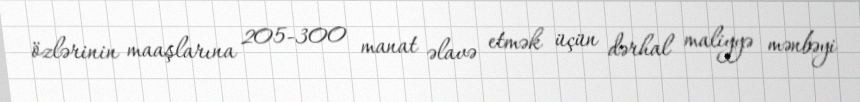
özlərinin maaşlarına 205-300 manat əlavə etmək üçün dərhal maliyyə mənbəyi